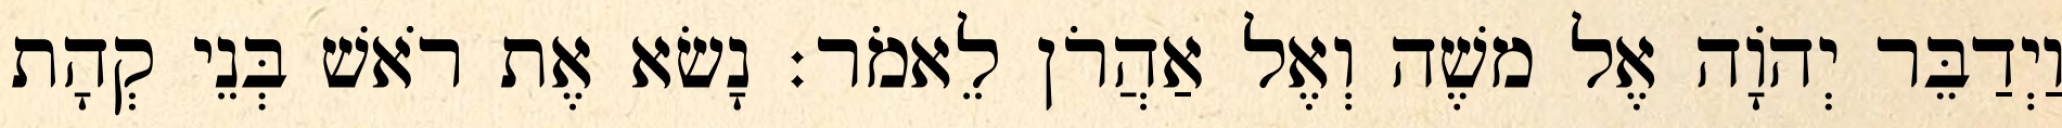
וַיְדַבֵּר יְהֹוָה אֶל משֶׁה וְאֶל אַהֲרֹן לֵאמֹר׃ נָשׂא אֶת רֹאשׁ בְּנֵי קְהָת